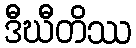
ဒီဃီတိဿ